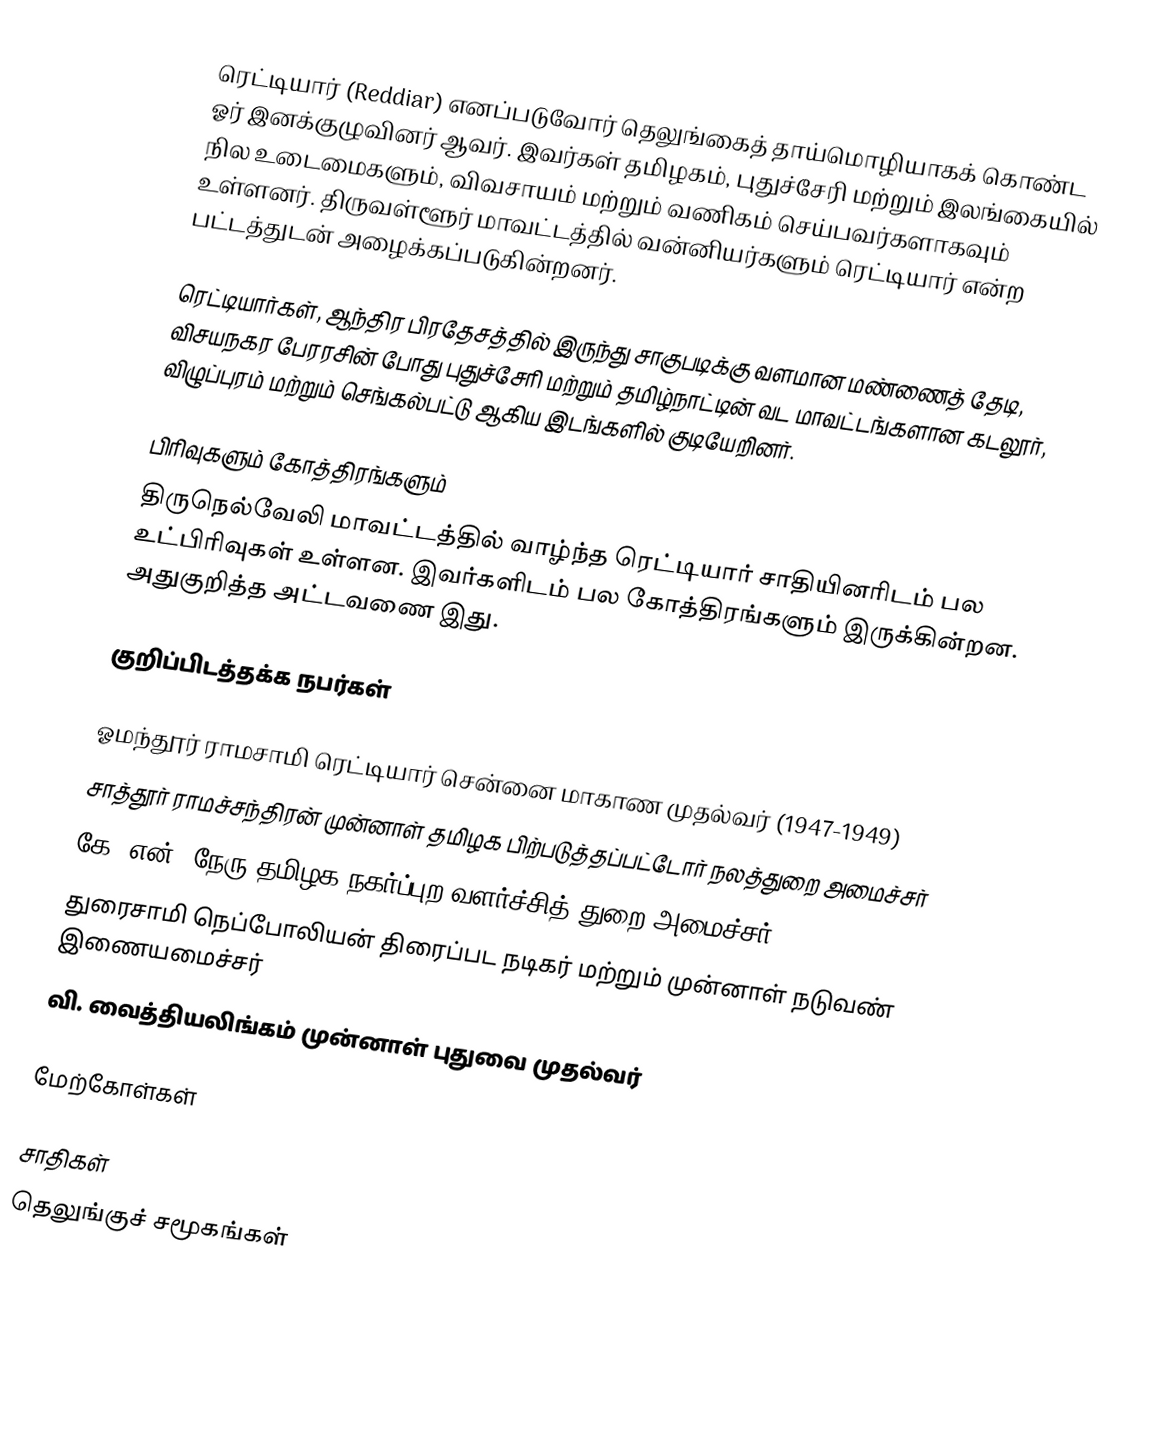
ரெட்டியார் (Reddiar) எனப்படுவோர் தெலுங்கைத் தாய்மொழியாகக் கொண்ட ஓர் இனக்குழுவினர் ஆவர். இவர்கள் தமிழகம், புதுச்சேரி மற்றும் இலங்கையில் நில உடைமைகளும், விவசாயம் மற்றும் வணிகம் செய்பவர்களாகவும் உள்ளனர். திருவள்ளூர் மாவட்டத்தில் வன்னியர்களும் ரெட்டியார் என்ற பட்டத்துடன் அழைக்கப்படுகின்றனர்.

ரெட்டியார்கள், ஆந்திர பிரதேசத்தில் இருந்து சாகுபடிக்கு வளமான மண்ணைத் தேடி, விசயநகர பேரரசின் போது புதுச்சேரி மற்றும் தமிழ்நாட்டின் வட மாவட்டங்களான கடலூர், விழுப்புரம் மற்றும் செங்கல்பட்டு ஆகிய இடங்களில் குடியேறினர்.

பிரிவுகளும் கோத்திரங்களும்
திருநெல்வேலி மாவட்டத்தில் வாழ்ந்த ரெட்டியார் சாதியினரிடம் பல உட்பிரிவுகள் உள்ளன. இவர்களிடம் பல கோத்திரங்களும் இருக்கின்றன. அதுகுறித்த அட்டவணை இது.

குறிப்பிடத்தக்க நபர்கள்

 ஓமந்தூர் ராமசாமி ரெட்டியார் சென்னை மாகாண முதல்வர் (1947-1949)
 சாத்தூர் ராமச்சந்திரன்  முன்னாள் தமிழக பிற்படுத்தப்பட்டோர் நலத்துறை அமைச்சர்
 கே. என். நேரு தமிழக நகர்ப்புற வளர்ச்சித் துறை அமைச்சர்
 துரைசாமி நெப்போலியன் திரைப்பட நடிகர் மற்றும் முன்னாள் நடுவண் இணையமைச்சர்
 வி. வைத்தியலிங்கம் முன்னாள் புதுவை முதல்வர்

மேற்கோள்கள்

சாதிகள்
தெலுங்குச் சமூகங்கள்